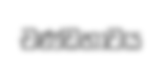
චණ්ඩභාවය